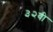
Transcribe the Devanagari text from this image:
३२वी